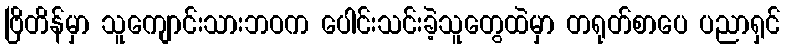
ဗြိတိန်မှာ သူကျောင်းသားဘဝက ပေါင်းသင်းခဲ့သူတွေထဲမှာ တရုတ်စာပေ ပညာရှင်